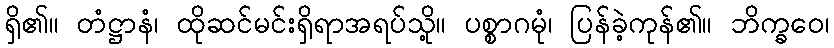
ရှိ၏။ တံဋ္ဌာနံ၊ ထိုဆင်မင်းရှိရာအရပ်သို့။ ပစ္စာဂမုံ၊ ပြန်ခဲ့ကုန်၏။ ဘိက္ခဝေ၊